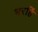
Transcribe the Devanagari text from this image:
भरहिं